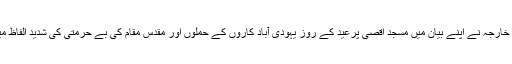
ترک وزارت خارجہ نے اپنے بیان میں مسجد اقصیٰ پرعید کے روز یہودی آباد کاروں کے حملوں اور مقدس مقام کی بے حرمتی کی شدید الفاظ میں مذمت کی۔